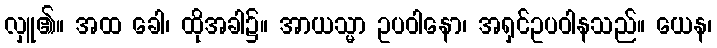
လှူ၏။ အထ ခေါ၊ ထိုအခါ၌။ အာယသ္မာ ဥပဝါနော၊ အရှင်ဥပဝါနသည်။ ယေန၊